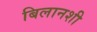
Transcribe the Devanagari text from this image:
बिलानशी